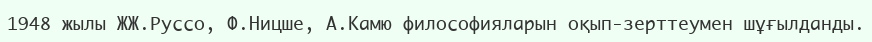
1948 жылы ЖЖ.Руссо, Ф.Ницше, А.Камю философияларын оқып-зерттеумен шұғылданды.